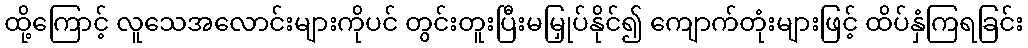
ထို့ကြောင့် လူသေအလောင်းများကိုပင် တွင်းတူးပြီးမမြှုပ်နိုင်၍ ကျောက်တုံးများဖြင့် ထိပ်နှံကြရခြင်း